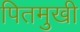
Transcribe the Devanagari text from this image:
पितमुखी